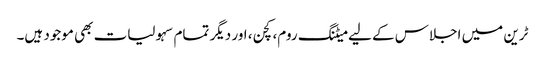
ٹرین میں اجلاس کے لیے میٹنگ روم، کچن، اور دیگر تمام سہولیات بھی موجود ہیں۔